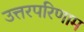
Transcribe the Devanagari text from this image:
उत्तरपरिणाम